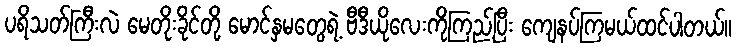
ပရိသတ်ကြီးလဲ မေတိုးခိုင်တို့ မောင်နှမတွေရဲ့ ဗီဒီယိုလေးကိုကြည့်ပြီး ကျေနပ်ကြမယ်ထင်ပါတယ်။